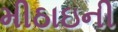
મીઠાઇની